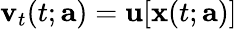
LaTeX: {\mathbf v}_{t}(t;{\mathbf a})={\mathbf u}[{\mathbf x}(t;{\mathbf a})]